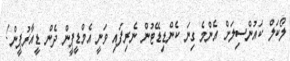
ލޯކަލް ކައުންސިލަށް އެންމެ ގިނަ ކެންޑިޑޭޓުން ނެރިފައި ވަނީ އެމްޑީޕީން ދެން ޑީއާރުޕީން!